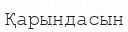
Қарындасын